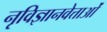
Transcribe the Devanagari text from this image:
नृविज्ञानवेत्ताओं